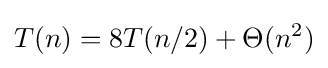
T(n)=8T(n/2)+\Theta (n^{2})